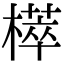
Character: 㯜